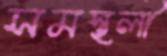
সমস্থলী